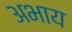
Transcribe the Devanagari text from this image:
अभाय